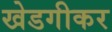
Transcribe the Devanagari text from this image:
खेडगीकर